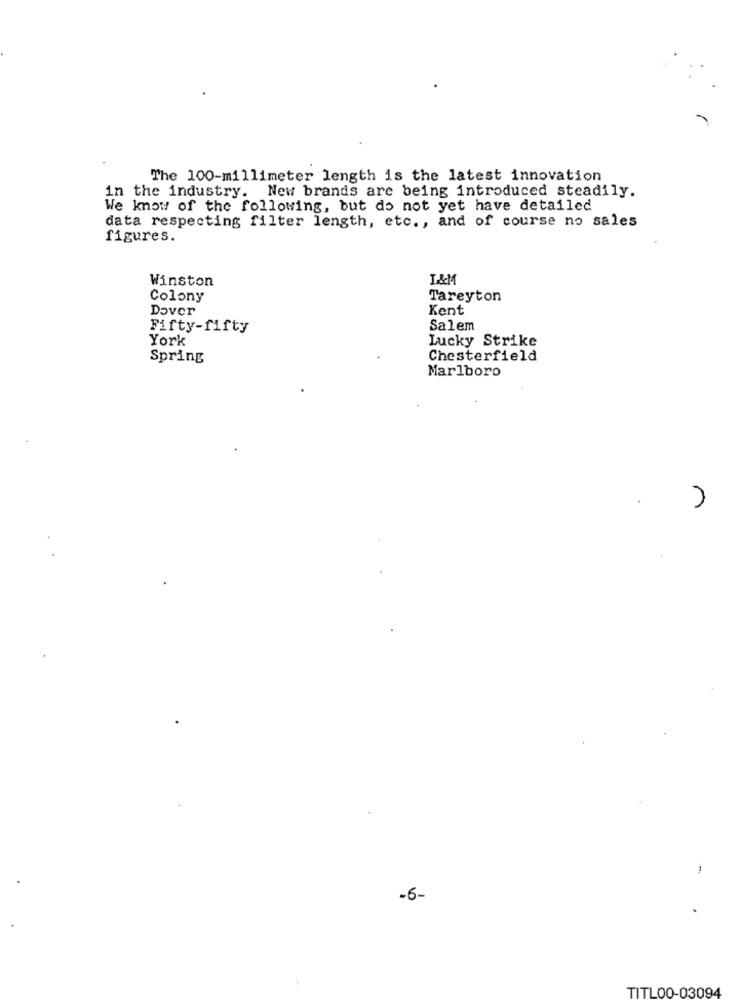
The 100-millimeter length is the latest innovation
in the industry. New brands are being introduced steadily.
We know of the following, but do not yet have detailed
data respecting filter length, etc ., and of course no sales
figures.
Winston
L&M
Colony
Tareyton
Dover
Kent
Fifty-fifty
Salem
York
Lucky Strike
Spring
Chesterfield
Marlboro
r
-6-
TITL00-03094